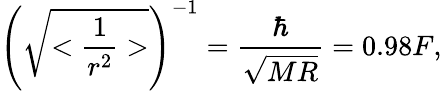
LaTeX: \left(\sqrt{<\frac{1}{r^{2}}>}\right)^{-1}=\frac{\hbar}{\sqrt{MR}}=0.98F,